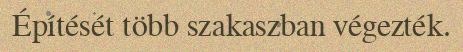
Építését több szakaszban végezték.